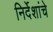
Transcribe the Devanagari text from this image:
निर्देशांचे